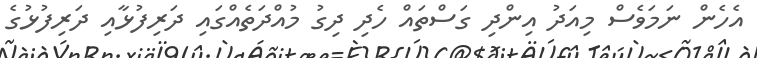
އެހެން ނަމަވެސް މިއަދު އިންދި ގަސްތައް ހެދި ދިގު މުއްދަތެއްގައި ދަރިފުޅާއި ދަރިފުޅުގެ